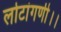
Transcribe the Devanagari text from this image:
लोटांगणी।।